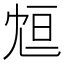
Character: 𠖑